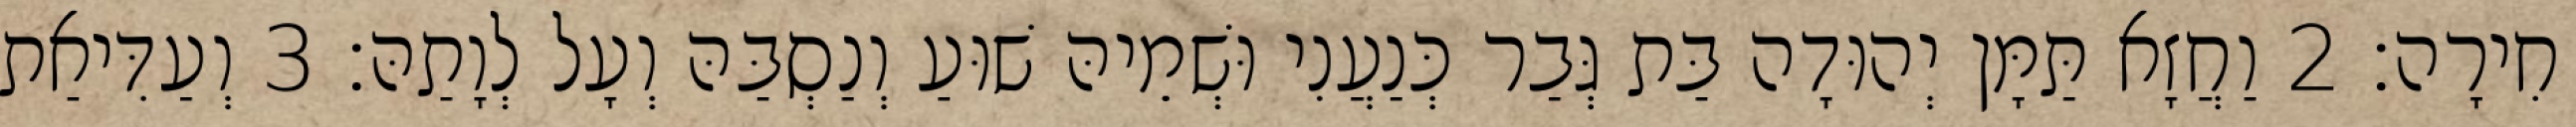
חִירָה׃ 2 וַחֲזָא תַּמָּן יְהוּדָה בַּת גְּבַר כְּנַעֲנִי וּשְׁמֵיהּ שׁוּעַ וְנַסְבַּהּ וְעָל לְוָתַהּ׃ 3 וְעַדִּיאַת